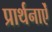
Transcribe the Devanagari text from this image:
प्रार्थनाऐं